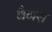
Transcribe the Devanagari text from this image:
बैगस